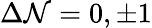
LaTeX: \Delta\mathcal{N}=0,\pm1